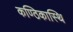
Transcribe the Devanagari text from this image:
कण्ठिकास्थि